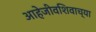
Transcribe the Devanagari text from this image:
आहेजीवशिवाच्या